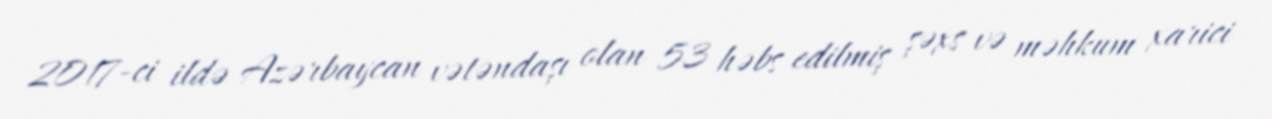
2017-ci ildə Azərbaycan vətəndaşı olan 53 həbs edilmiş şəxs və məhkum xarici